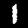
Digit: 1